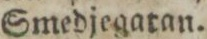
Smedjegatan.